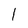
Character: l